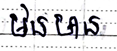
មិនមាន